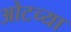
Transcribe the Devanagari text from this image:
ओटच्या